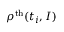
\rho ^ { \mathrm { t h } } ( t _ { i } , I )